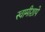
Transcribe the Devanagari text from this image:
स्वामीशापे